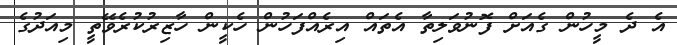
އެ ދެ މީހުން ގެއަށް ފޮނުވަލިތާ އެތައް އިރެއްފަހުން ހެކީން ހާޒިރުކުރެވޭތީ މިއަދުގެ